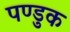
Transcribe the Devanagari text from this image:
पण्डुक